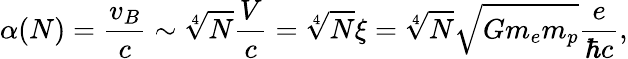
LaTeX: \alpha(N)=\frac{v_{B}}{c}\sim\sqrt[4]{N}\frac{V}{c}=\sqrt[4]{N}\xi=\sqrt[4]{N}\sqrt{Gm_{e}m_{p}}\frac{e}{\hbar c},